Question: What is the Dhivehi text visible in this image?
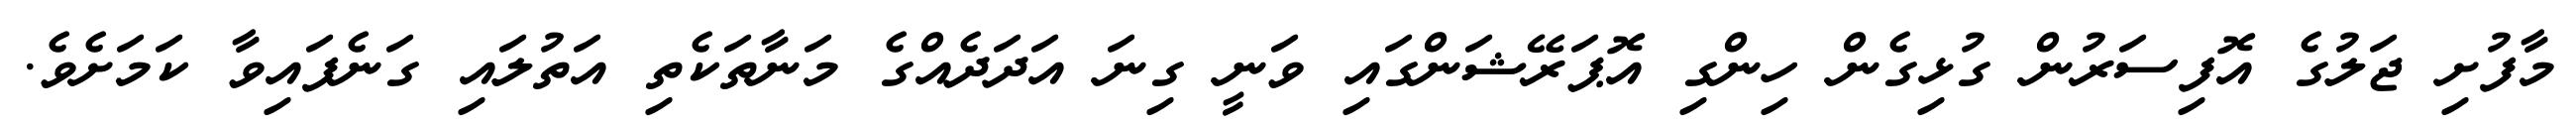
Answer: މާފުށި ޖަލުގެ އޮފިސަރުން ގުޅިގެން ހިންގި އޮޕަރޭޝަންގައި ވަނީ ގިނަ އަދަދެއްގެ މަނާތަކެތި އަތުލައި ގަނެފައިވާ ކަމަށެވެ.